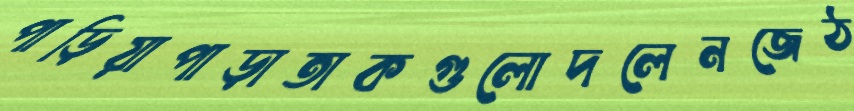
পাড়িয়াপাড়াতাকগুলোদলেনজেঠ